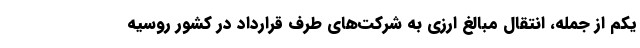
یکم از جمله، انتقال مبالغ ارزی به شرکت‌های طرف قرارداد در کشور روسیه